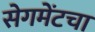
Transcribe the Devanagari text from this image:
सेगमेंटचा